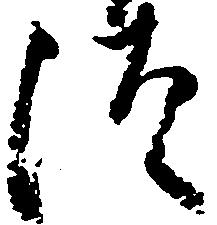
徒